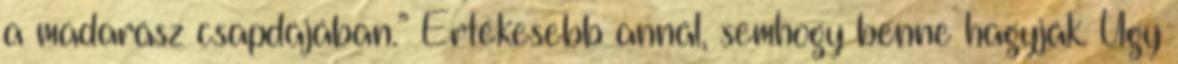
a madarász csapdájában.” Értékesebb annál, semhogy benne hagyják. Úgy